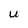
Character: U